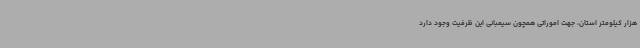
هزار کیلومتر استان، جهت اموراتی همچون سیمبانی این ظرفیت وجود دارد